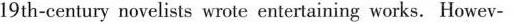
19 th-century novelists wrote entertaining works. Howev-